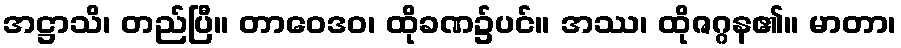
အဋ္ဌာသိ၊ တည်ပြီ။ တာဝေဒဝ၊ ထိုခဏ၌ပင်။ အဿ၊ ထိုဇဂ္ဂန၏။ မာတာ၊